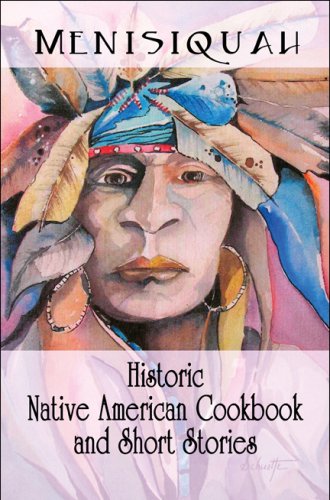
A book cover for Historic Native American Cookbook and Short Stories; Menisiquah; Cookbooks, Food & Wine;